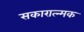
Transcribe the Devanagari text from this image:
सकारात्न्मक